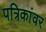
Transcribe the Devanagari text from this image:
पत्रिकांवर